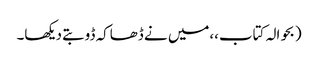
(بحوالہ کتاب،،میں نے ڈھاکہ ڈوبتے دیکھا۔